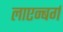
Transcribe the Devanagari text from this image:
लाएन्बर्ग